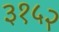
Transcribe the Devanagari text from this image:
३१५२